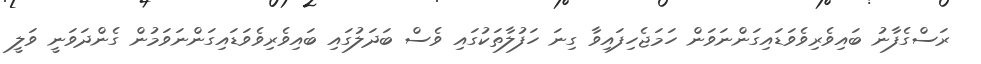
ރަސްގެފާނު ބައިވެރިވެވަޑައިގަންނަވަން ހަމަޖެހިފައިވާ ގިނަ ހަފުލާތަކުގައި ވެސް ބަދަލުގައި ބައިވެރިވެވަޑައިގަންނަވަމުން ގެންދަވަނީ ވަލީ